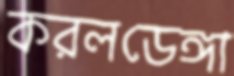
করলডেঙ্গা